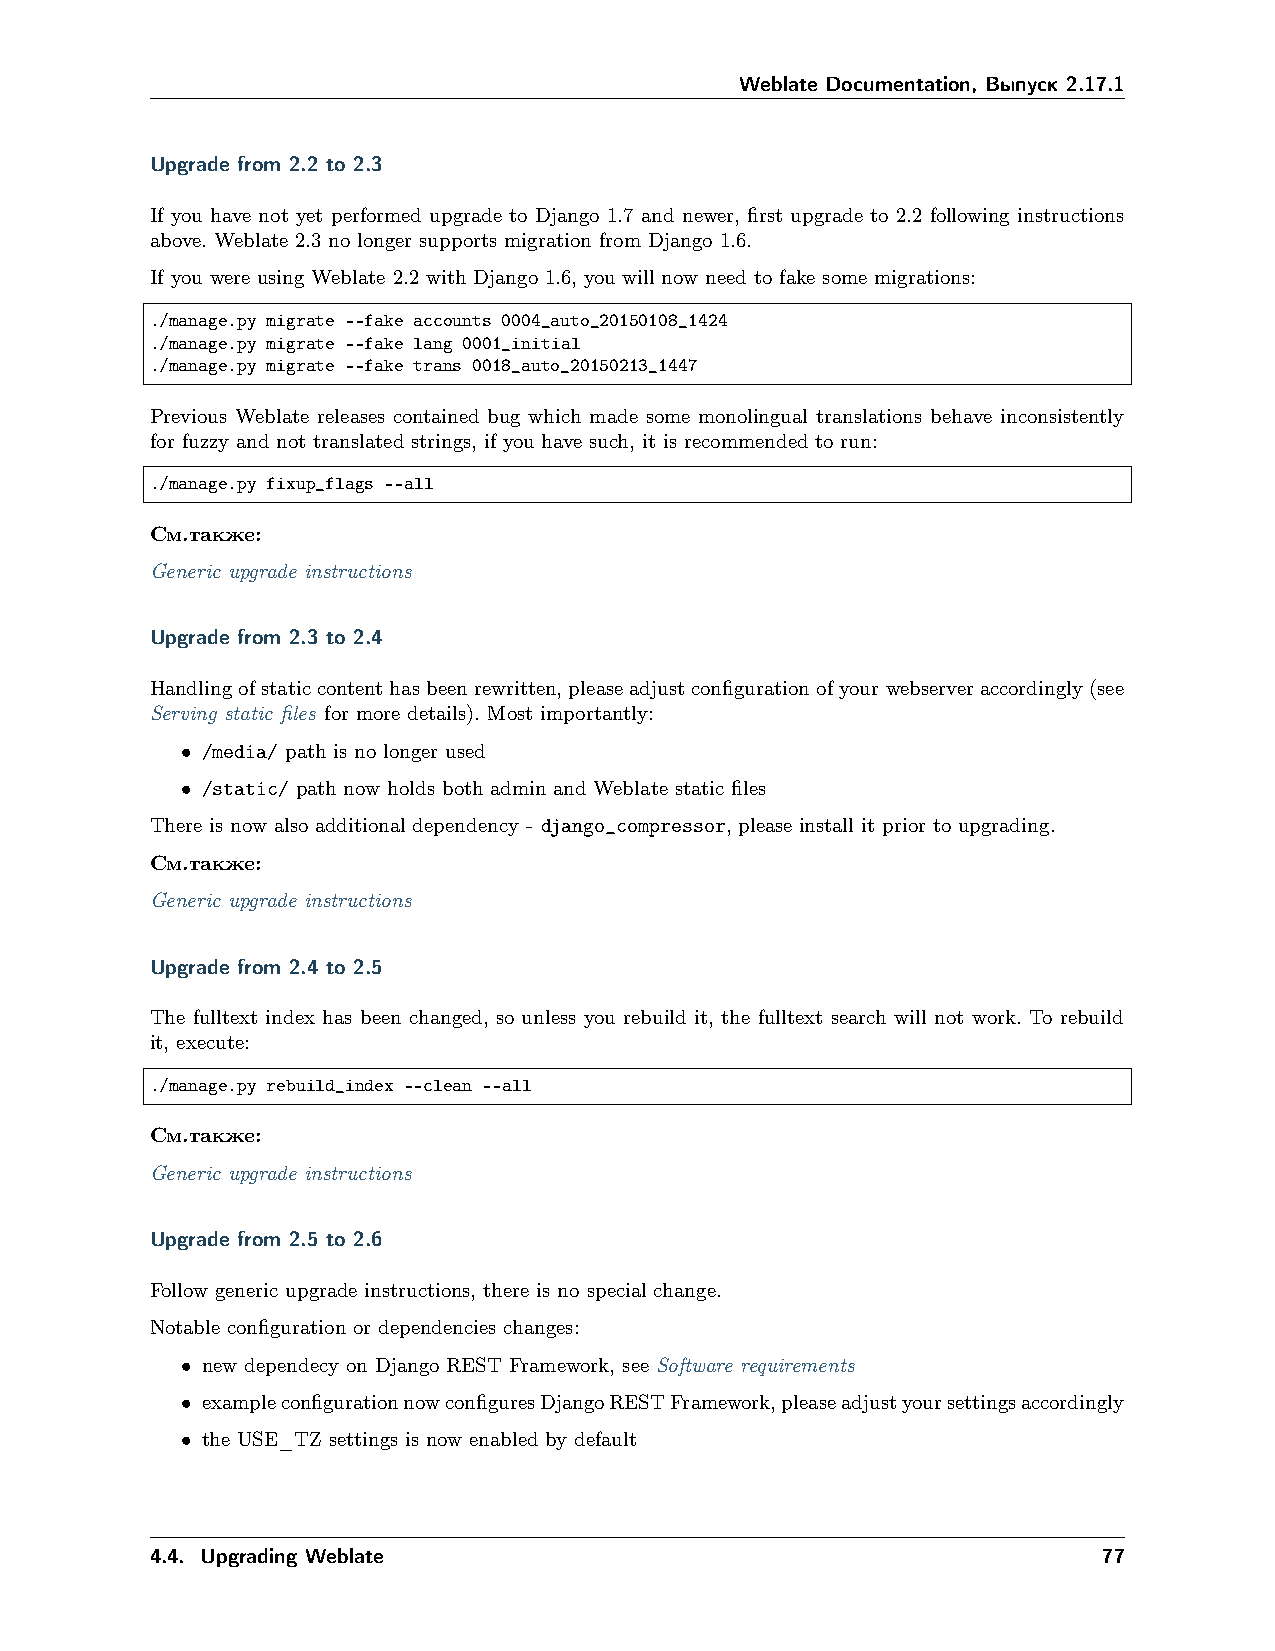
Weblate Documentation, Выпуск 2.17.1
 Upgrade from 2.2 to 2.3
 If you have not yet performed upgrade to Django 1.7 and newer, first upgrade to 2.2 following instructions
 above. Weblate 2.3 no longer supports migration from Django 1.6.
 If you were using Weblate 2.2 with Django 1.6, you will now need to fake some migrations:
 ./manage.py migrate --fake accounts 0004_auto_20150108_1424
 ./manage.py migrate --fake lang 0001_initial
 ./manage.py migrate --fake trans 0018_auto_20150213_1447
 Previous Weblate releases contained bug which made some monolingual translations behave inconsistently
 for fuzzy and not translated strings, if you have such, it is recommended to run:
 ./manage.py fixup_flags --all
 См.также:
 Generic upgrade instructions
 Upgrade from 2.3 to 2.4
 Handlingofstaticcontenthasbeenrewritten,pleaseadjustconfigurationofyourwebserveraccordingly(see
 Serving static files for more details). Most importantly:
 • /media/ path is no longer used
 • /static/ path now holds both admin and Weblate static files
 There is now also additional dependency - django_compressor, please install it prior to upgrading.
 См.также:
 Generic upgrade instructions
 Upgrade from 2.4 to 2.5
 The fulltext index has been changed, so unless you rebuild it, the fulltext search will not work. To rebuild
 it, execute:
 ./manage.py rebuild_index --clean --all
 См.также:
 Generic upgrade instructions
 Upgrade from 2.5 to 2.6
 Follow generic upgrade instructions, there is no special change.
 Notable configuration or dependencies changes:
 • new dependecy on Django REST Framework, see Software requirements
 • exampleconfigurationnowconfiguresDjangoRESTFramework,pleaseadjustyoursettingsaccordingly
 • the USE_TZ settings is now enabled by default
 4.4. Upgrading Weblate                                         77